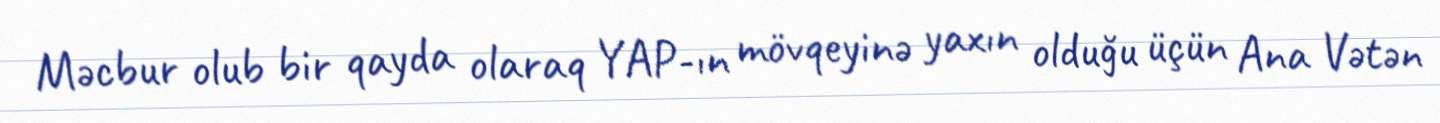
Məcbur olub bir qayda olaraq YAP-ın mövqeyinə yaxın olduğu üçün Ana Vətən